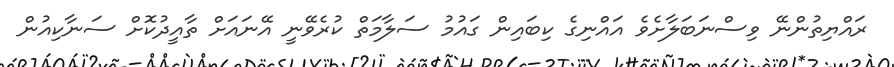
ރައްޔިތުންނޭ ވިސްނަބަލާށެވެ އައްނިގެ ކިބައިން ގައުމު ސަލާމަތް ކުރެވޭނީ އޭނައަށް ތާއީދުކޮށް ސަނާކިއުން